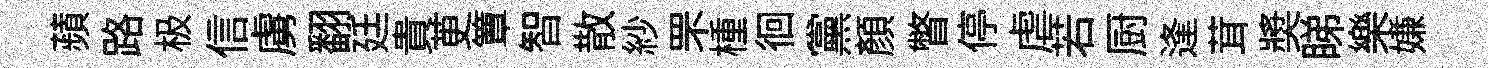
蘋路极信虜翻廷貴茰簟智散紗罘㮔徊黨顔瞥停虐若厨逢茸奬睇樂嫌